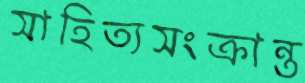
সাহিত্যসংক্রান্ত